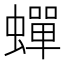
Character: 蟬